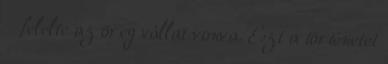
- felelte az öreg vállat vonva. Ezt a történetet